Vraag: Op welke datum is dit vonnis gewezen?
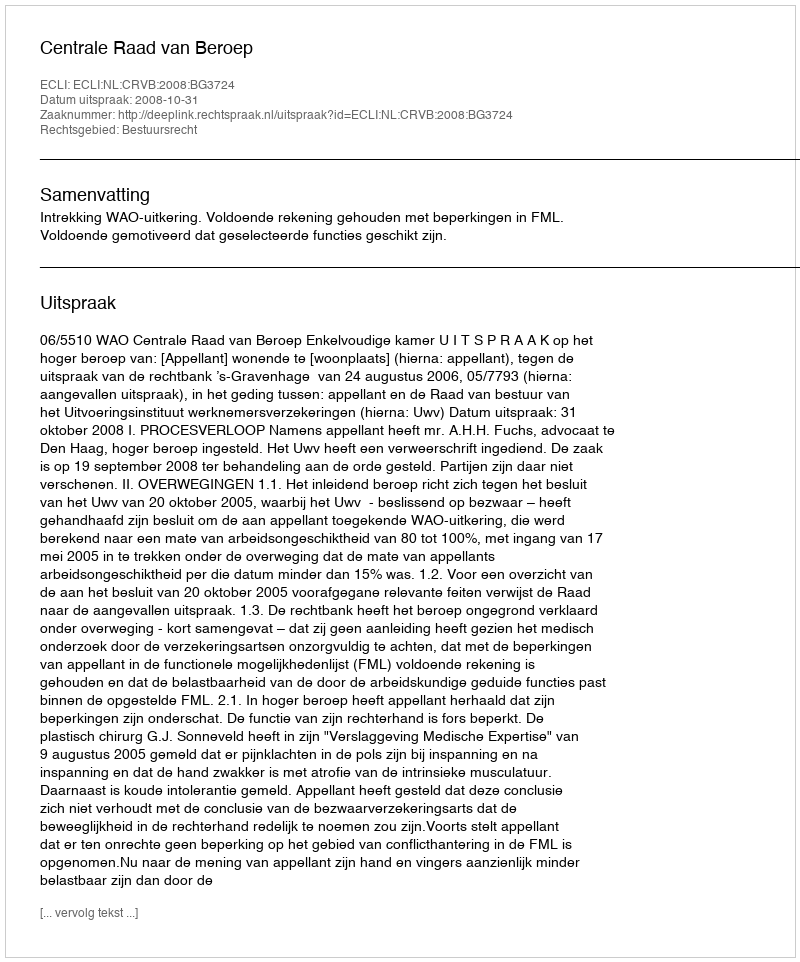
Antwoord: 2008-10-31